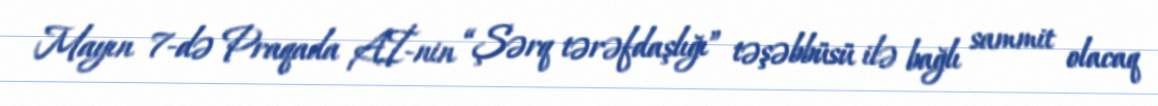
Mayın 7-də Praqada Aİ-nin “Şərq tərəfdaşlığı” təşəbbüsü ilə bağlı sammit olacaq